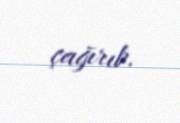
çağırıb.